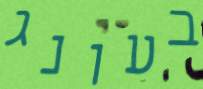
בעונג